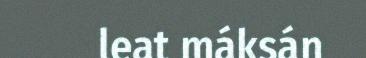
leat máksán